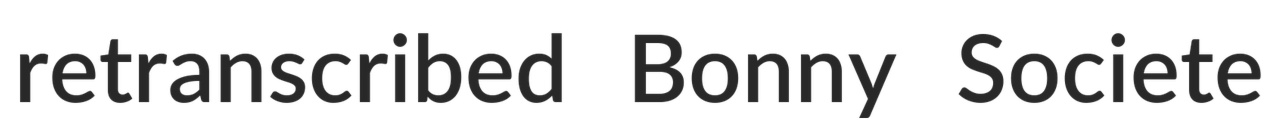
retranscribed Bonny Societe